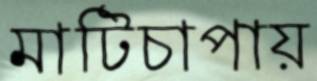
মাটিচাপায়